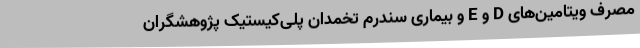
مصرف ویتامین‌های D و E و بیماری سندرم تخمدان پلی‌کیستیک پژوهشگران